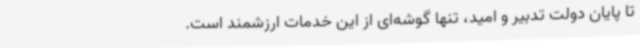
تا پایان دولت تدبیر و امید، تنها گوشه‌ای از این خدمات ارزشمند است.